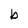
Character: b